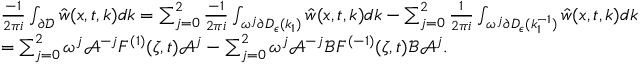
\begin{array} { r l } & { \frac { - 1 } { 2 \pi i } \int _ { \partial \mathcal { D } } \hat { w } ( x , t , k ) d k = \sum _ { j = 0 } ^ { 2 } \frac { - 1 } { 2 \pi i } \int _ { \omega ^ { j } \partial D _ { \epsilon } ( k _ { 1 } ) } \hat { w } ( x , t , k ) d k - \sum _ { j = 0 } ^ { 2 } \frac { 1 } { 2 \pi i } \int _ { \omega ^ { j } \partial D _ { \epsilon } ( k _ { 1 } ^ { - 1 } ) } \hat { w } ( x , t , k ) d k } \\ & { = \sum _ { j = 0 } ^ { 2 } \omega ^ { j } \mathcal { A } ^ { - j } F ^ { ( 1 ) } ( \zeta , t ) \mathcal { A } ^ { j } - \sum _ { j = 0 } ^ { 2 } \omega ^ { j } \mathcal { A } ^ { - j } \mathcal { B } F ^ { ( - 1 ) } ( \zeta , t ) \mathcal { B } \mathcal { A } ^ { j } . } \end{array}